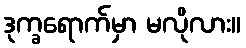
ဒုက္ခရောက်မှာ မလိုလား။